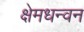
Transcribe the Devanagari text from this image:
क्षेमधन्वन